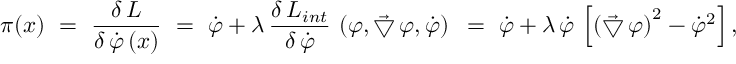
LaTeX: \pi ( x ) ~ = ~ \frac { \delta \, { \cal L } } { \delta \, \dot { \varphi } \, ( x ) } ~ = ~ \dot { \varphi } + \lambda \, \frac { \delta \, { \cal L } _ { i n t } } { \delta \, \dot { \varphi } } \, \left( \varphi , \vec { \bigtriangledown } \, \varphi , \dot { \varphi } \right) ~ = ~ \dot { \varphi } + \lambda \, \dot { \varphi } \, \left[ \left( \vec { \bigtriangledown } \, \varphi \right) ^ { 2 } - \dot { \varphi } ^ { 2 } \right] ,